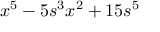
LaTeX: x ^ { 5 } - 5 s ^ { 3 } x ^ { 2 } + 1 5 s ^ { 5 }